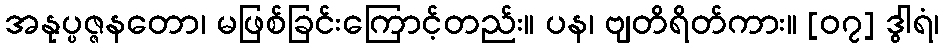
အနုပ္ပဇ္ဇနတော၊ မဖြစ်ခြင်းကြောင့်တည်း။ ပန၊ ဗျတိရိတ်ကား။ [၀၇] ဒွါရံ၊